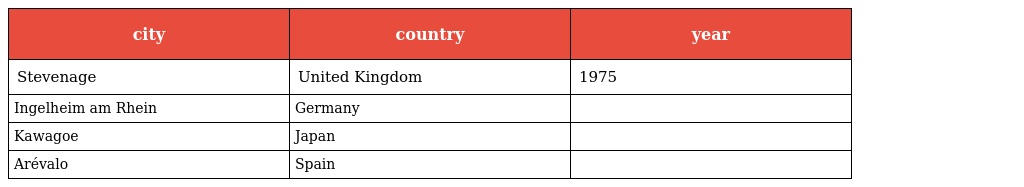
| city | country | year |
 | --- | --- | --- |
 | Stevenage | United Kingdom | 1975 |
 | Ingelheim am Rhein | Germany |  |
 | Kawagoe | Japan |  |
 | Arévalo | Spain |  |